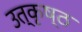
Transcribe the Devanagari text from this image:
उत्‍कृष्‍ठ